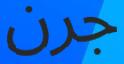
جرن